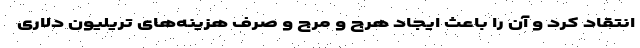
انتقاد کرد و آن را باعث ایجاد هرج و مرج و صرف هزینه‌های تریلیون دلاری